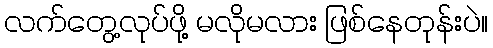
လက်တွေ့လုပ်ဖို့ မလိုမလား ဖြစ်နေတုန်းပဲ။